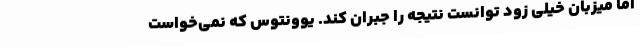
اما میزبان خیلی زود توانست نتیجه را جبران کند. یوونتوس که نمی‌خواست